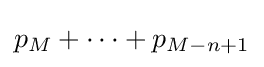
p_{M}+\dots +p_{M-n+1}